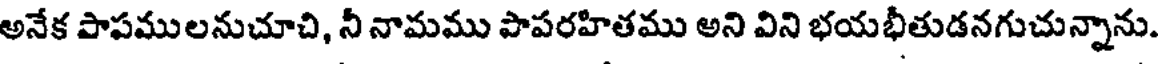
అనేక పాపములనుచూచి, నీ నామము పాపరహితము అని విని భయభీతుడనగుచున్నాను.